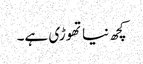
کچھ نیاتھوڑی ہے۔